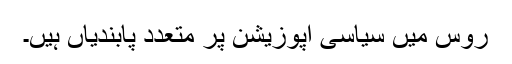
روس میں سیاسی اپوزیشن پر متعدد پابندیاں ہیں۔